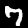
Digit: 7